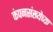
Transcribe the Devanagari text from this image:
कंपनसंख्येच्या